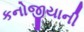
કનોજીયાની